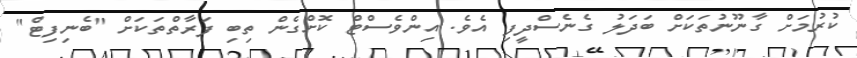
ކުރުމަށް ގާނޫނުތަކަށް ބަދަލު ގެނެސްދީފި އެވެ. އިންވެސްޓް ކޮށްގެން ތިބި ފަރާތްތަކަށް "ބެނިފިޓް"